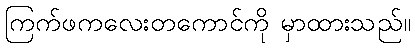
ကြက်ဖကလေးတကောင်ကို မှာထားသည်။